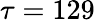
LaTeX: \tau=129